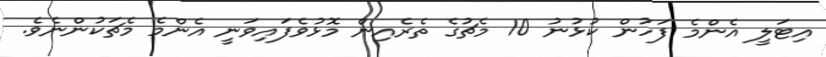
އިޓަލީ އެންމެ ފަހުން ކުޅުނު 10 މެޗުގެ ތެރެއިން މޮޅުވެފައިވަނީ އެންމެ މެޗަކުންނެވެ.